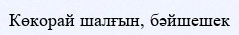
Көкорай шалғын, бәйшешек